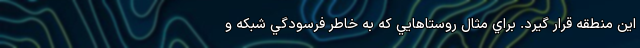
اين منطقه قرار گيرد. براي مثال روستاهايي كه به خاطر فرسودگي شبكه و